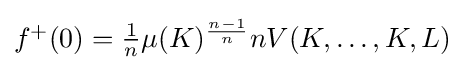
{\textstyle f^{+}(0)={\frac {1}{n}}\mu (K)^{\frac {n-1}{n}}nV(K,\ldots ,K,L)}